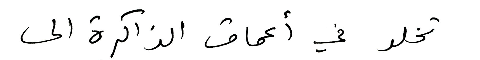
تخلد في أعماق الذاكرة الى